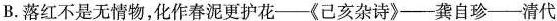
B.落红不是无情物，化作春泥更护花--《己亥杂诗》-龚自珍-清代